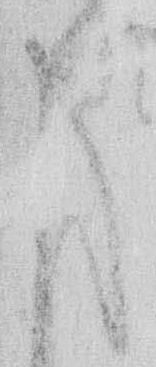
申